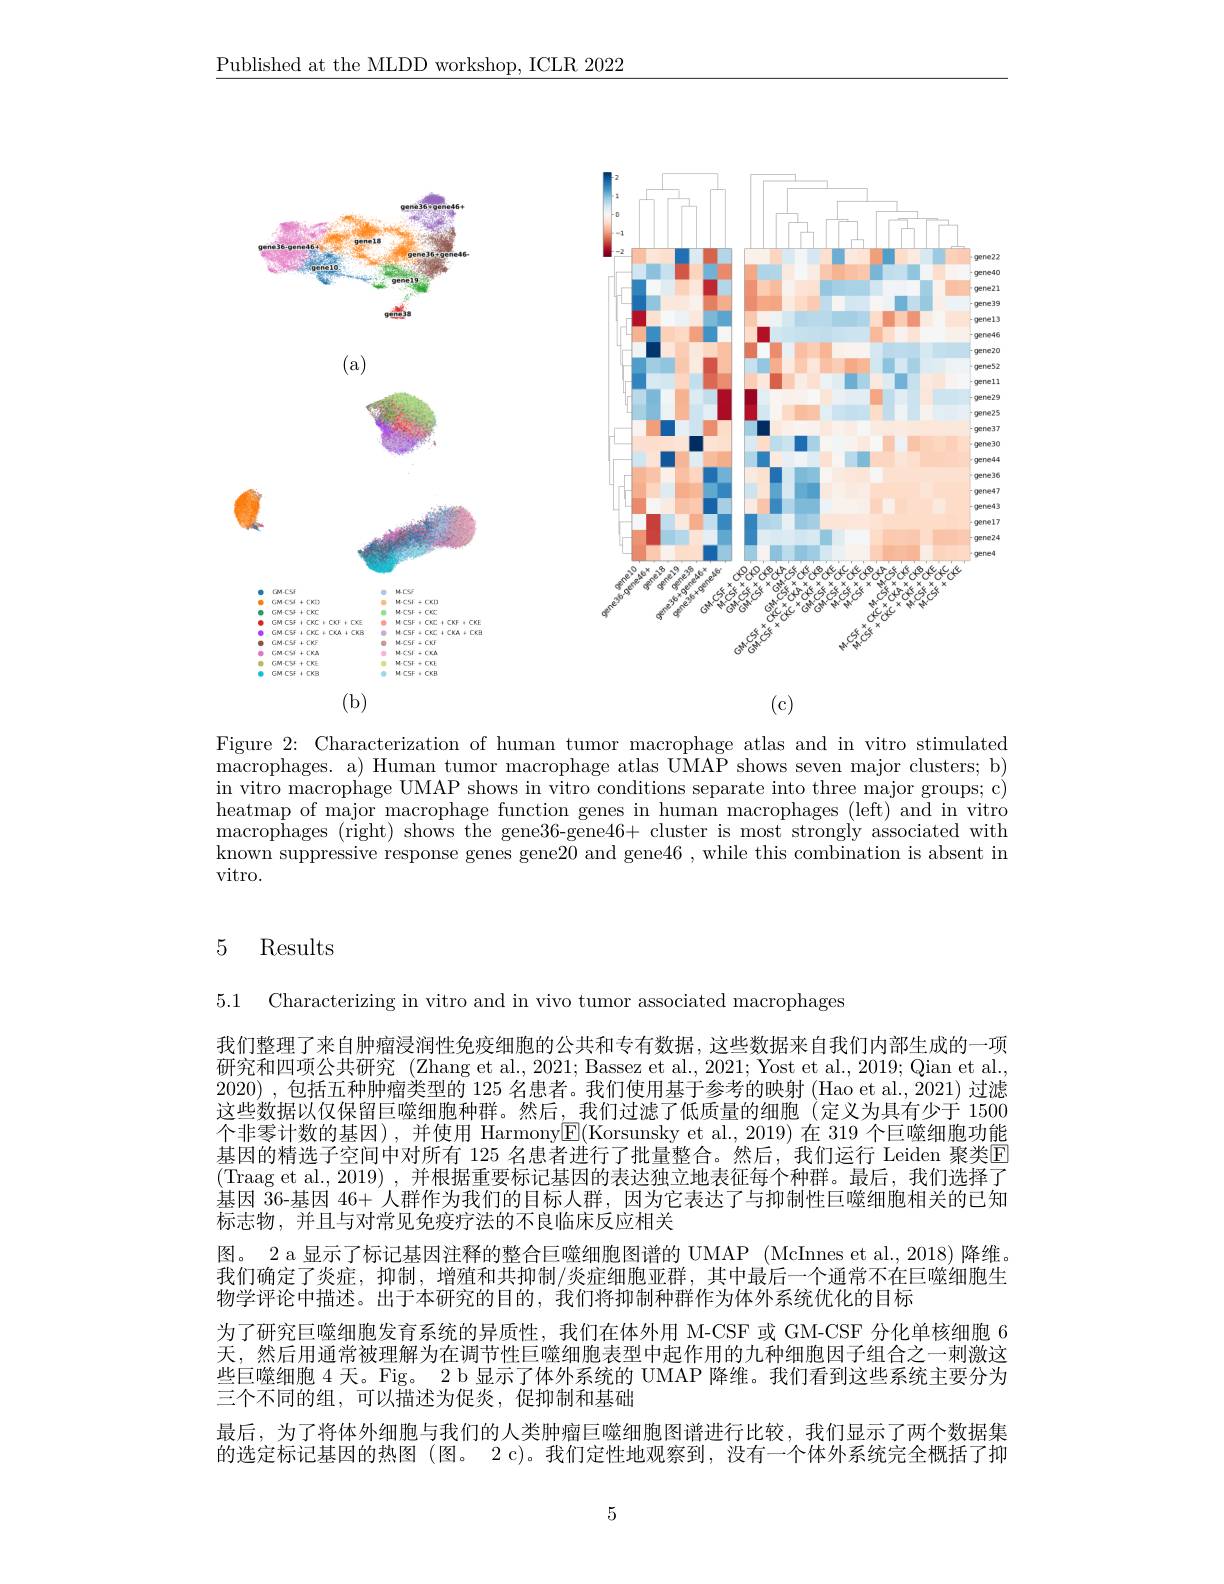
$\underline{\text{Published at the MLDD workshop, ICLR 2022}}$

<FigureHere>

Figure 2: Characterization of human tumor macrophage atlas and in vitro stimulated $\bar{\text{macrophages. a) Human tumor macrophage atlas UMAP shows seven major clusters; b}}$ in vitro macrophage UMAP shows in vitro conditions separate into three major groups; c) heatmap of major macrophage function genes in human macrophages (left) and in vitro macrophages (right) shows the gene36-gene46+ cluster is most strongly associated with known suppressive response genes gene20 and gene46 , while this combination is absent in vitro.

# 5 Results

5.1 Characterizing in vitro and in vivo tumor associated macrophages

我们整理了来自肿瘤浸润性免疫细胞的公共和专有数据，这些数据来自我们内部生成的一项研究和四项公共研究 (Zhang et al.,2021; Bassez et al., 2021; Yost et al., 2019; Qian et al., 2020),包括五种肿瘤类型的 125 名患者。我们使用基于参考的映射 (Hao et al., 2021) 过滤这些数据以仅保留巨噬细胞种群。然后，我们过滤了低质量的细胞(定义为具有少于 1500个非零计数的基因),并使用 Harmony$\boxed{\mathrm{E}}($Korsunsky et al.,2019)在 319 个巨噬细胞功能基因的精选子空间中对所有 125 名患者进行了批量整合。然后，我们运行 Leiden 聚类E (Traag et al., 2019) , 并根据重要标记基因的表达独立地表征每个种群。最后，我们选择了基因 36-基因 46+ 人群作为我们的目标人群，因为它表达了与抑制性巨噬细胞相关的已知标志物，并且与对常见免疫疗法的不良临床反应相关
图。2 a 显示了标记基因注释的整合巨噬细胞图谱的 UMAP (McInnes et al., 2018) 降维我们确定了炎症，抑制，增殖和共抑制/炎症细胞亚群，其中最后一个通常不在巨噬细胞生物学评论中描述。出于本研究的目的，我们将抑制种群作为体外系统优化的目标
为了研究巨噬细胞发育系统的异质性，我们在体外用 M-CSF 或 GM-CSF 分化单核细胞 6天、然后用通常被理解为在调节性巨噬细胞表型中起作用的九种细胞因子组合之一刺激这些巨噬细胞 4 天。Fig。2 b 显示了体外系统的 UMAP 降维。我们看到这些系统主要分为三个不同的组，可以描述为促炎，促抑制和基础
最后，为了将体外细胞与我们的人类肿瘤巨噬细胞图谱进行比较，我们显示了两个数据集的选定标记基因的热图 (图。2 c)。我们定性地观察到，没有一个体外系统完全概括了抑

5